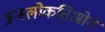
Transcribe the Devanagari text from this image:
त्रन्स्लोकतिओन